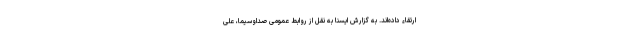
ارتقاء داده‌اند. به گزارش ایسنا به نقل از روابط عمومی صداوسیما، علی